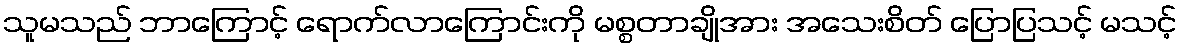
သူမသည် ဘာကြောင့် ရောက်လာကြောင်းကို မစ္စတာချိုအား အသေးစိတ် ပြောပြသင့် မသင့်